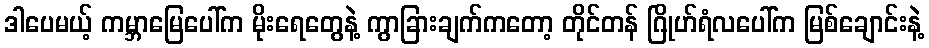
ဒါပေမယ့် ကမ္ဘာမြေပေါ်က မိုးရေတွေနဲ့ ကွာခြားချက်ကတော့ တိုင်တန် ဂြိုဟ်ရံလပေါ်က မြစ်ချောင်းနဲ့